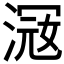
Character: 𣸦